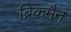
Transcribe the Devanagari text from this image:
ब्रिकमैन